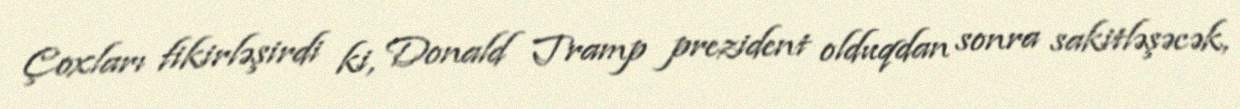
Çoxları fikirləşirdi ki, Donald Tramp prezident olduqdan sonra sakitləşəcək,